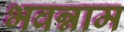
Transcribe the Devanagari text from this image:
भवन्नाम